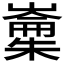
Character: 𱤢